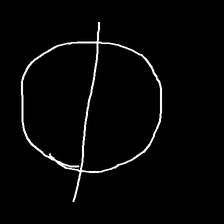
Glyph: orb